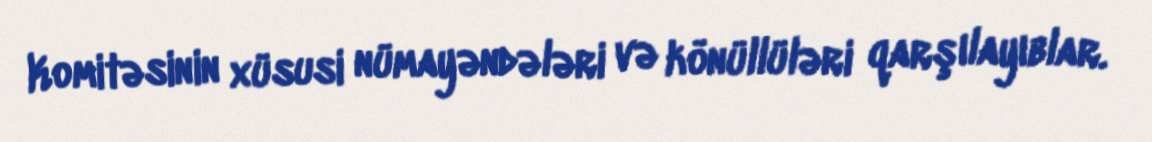
Komitəsinin xüsusi nümayəndələri və könüllüləri qarşılayıblar.